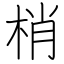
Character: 梢